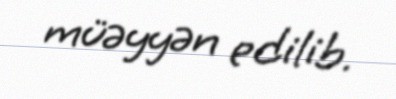
müəyyən edilib.